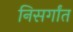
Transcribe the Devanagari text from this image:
निसर्गांत